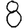
Digit: 8